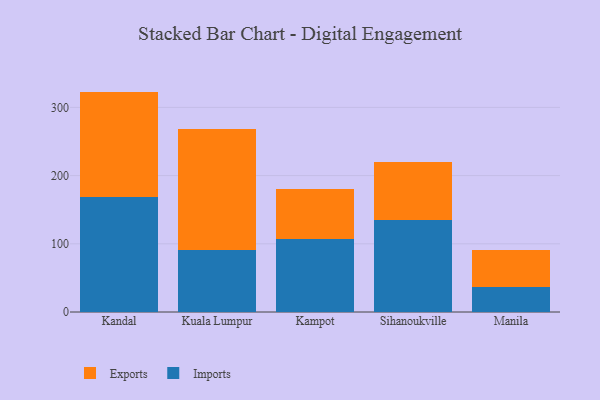
{"axis": {"x": "City", "y": "Temperature (°C)"}, "legend": ["Exports", "Imports"], "data": [{"x": "Kandal", "y": 168.8, "type": "Imports"}, {"x": "Kandal", "y": 154.4, "type": "Exports"}, {"x": "Kuala Lumpur", "y": 90.8, "type": "Imports"}, {"x": "Kuala Lumpur", "y": 177.8, "type": "Exports"}, {"x": "Kampot", "y": 107.4, "type": "Imports"}, {"x": "Kampot", "y": 73.0, "type": "Exports"}, {"x": "Sihanoukville", "y": 134.3, "type": "Imports"}, {"x": "Sihanoukville", "y": 85.3, "type": "Exports"}, {"x": "Manila", "y": 36.6, "type": "Imports"}, {"x": "Manila", "y": 53.6, "type": "Exports"}]}